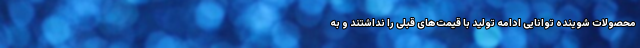
محصولات شوینده توانایی ادامه تولید با قیمت‌های قبلی را نداشتند و به